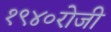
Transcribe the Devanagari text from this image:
१९४०रोजी